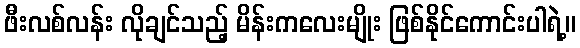
ဖီးလစ်လန်း လိုချင်သည့် မိန်းကလေးမျိုး ဖြစ်နိုင်ကောင်းပါရဲ့။